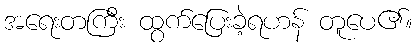
အရေးတကြီး ထွက်ပြေးခဲ့ရဟန် တူပေ၏။